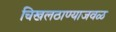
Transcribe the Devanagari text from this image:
चिखलठाण्याजवळ